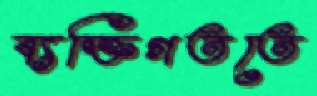
ব্যক্তিগততে